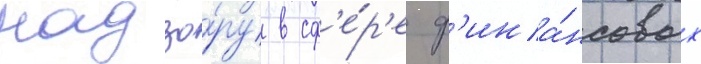
надзо́ру в сф'е́р'е ф'ина́нсовых